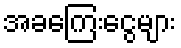
အခကြေးငွေများ